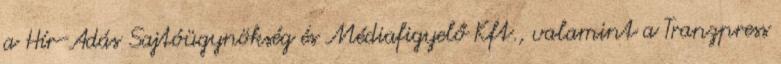
a Hír-Adás Sajtóügynökség és Médiafigyelő Kft., valamint a Tranzpress